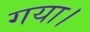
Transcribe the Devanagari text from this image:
गया।